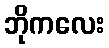
ဘိုကလေး